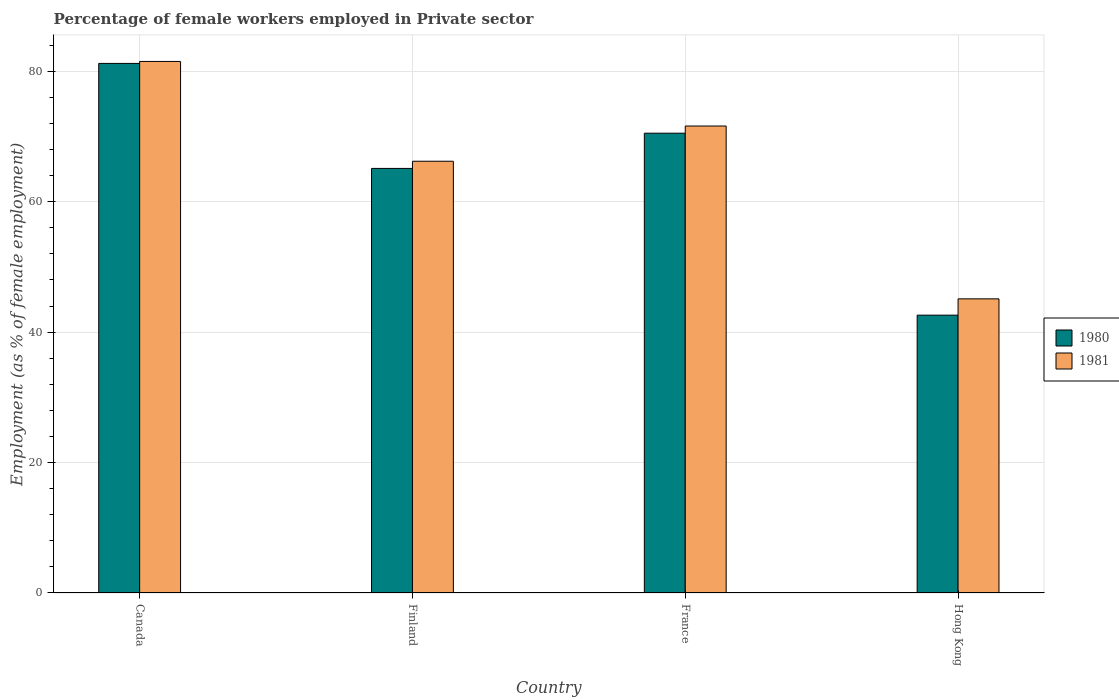
| Country | 1980 | 1981 |
 | --- | --- | --- |
 | Canada | 81.2 | 81.5 |
 | Finland | 65.1 | 66.2 |
 | France | 70.5 | 71.6 |
 | Hong Kong | 42.6 | 45.1 |